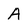
Character: A